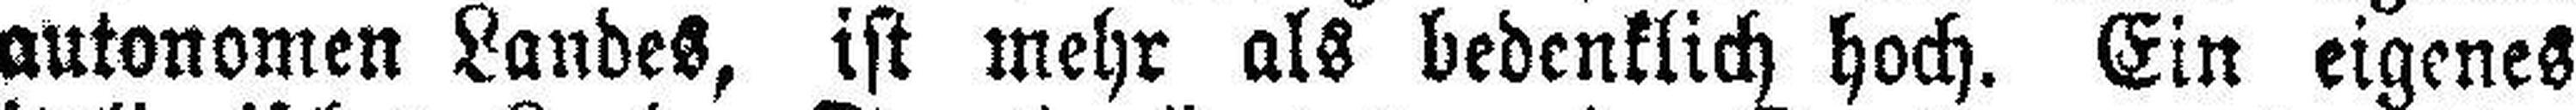
autonomen Landes, ist mehr als bedenklich hoch. Ein eigenes